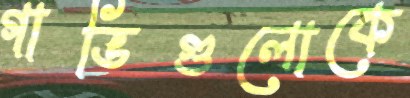
গাভিগুলোকে